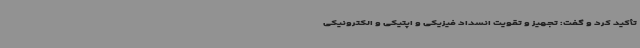
تأکید کرد و گفت: تجهیز و تقویت انسداد فیزیکی و اپتیکی و الکترونیکی